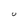
Character: U